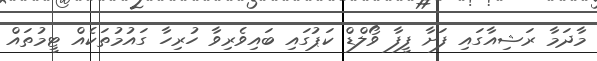
މާދަމާ ރަޝިއާގައި ފަށާ ފީފާ ވޯލްޑް ކަޕުގައި ބައިވެރިވާ ހުރިހާ ގައުމުތަކެއް ޓީމުތައް